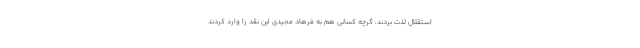
استقلال لذت بردند، گرچه کسانی هم به فرهاد مجیدی این نقد را وارد کردند